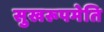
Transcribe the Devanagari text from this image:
सुखरूपमेति